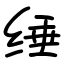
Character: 缍